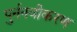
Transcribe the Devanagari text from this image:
पुर्ननवीकरण